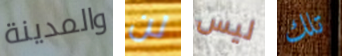
والمدينة لن ليس تلك